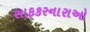
સાફકરનારાઓ